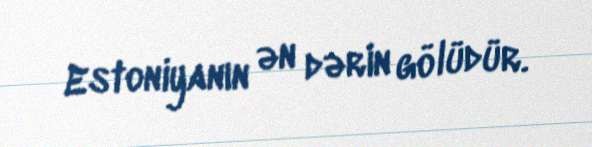
Estoniyanın ən dərin gölüdür.